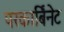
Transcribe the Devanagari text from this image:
परकार्बिनेट